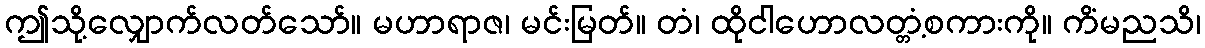
ဤသို့လျှောက်လတ်သော်။ မဟာရာဇ၊ မင်းမြတ်။ တံ၊ ထိုငါဟောလတ္တံ့စကားကို။ ကိံမညသိ၊